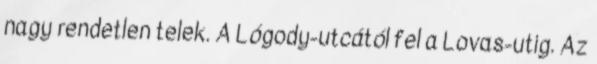
nagy rendetlen telek. A Lógody-utcától fel a Lovas-utig. Az